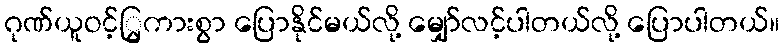
ဂုဏ်ယူဝင့်ြွကားစွာ ပြောနိုင်မယ်လို့ မျှော်လင့်ပါတယ်လို့ ပြောပါတယ်။